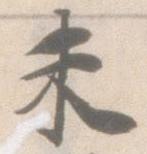
未